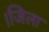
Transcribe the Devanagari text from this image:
।जिला